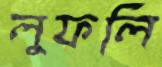
লুফলি